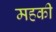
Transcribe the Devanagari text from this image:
महकी